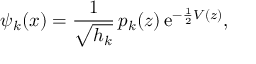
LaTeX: \psi _ { k } ( x ) = { \frac { 1 } { \sqrt { h _ { k } } } } \, p _ { k } ( z ) \, \mathrm { { e } } ^ { - { \frac { 1 } { 2 } } V ( z ) } ,